Source: Handwritten
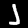
Digit: ၂ (2)